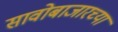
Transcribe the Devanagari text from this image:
सावोबाजारच्या